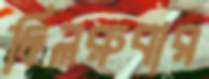
দিলরুবার